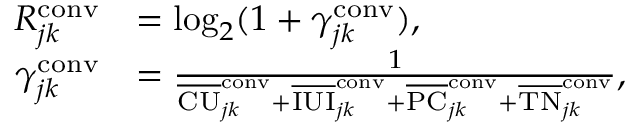
\begin{array} { r l } { R _ { j k } ^ { \mathrm { c o n v } } } & { = \log _ { 2 } ( 1 + \gamma _ { j k } ^ { \mathrm { c o n v } } ) , } \\ { \gamma _ { j k } ^ { \mathrm { c o n v } } } & { = \frac { 1 } { \overline { { \mathrm { C U } } } _ { j k } ^ { \mathrm { c o n v } } + \overline { { \mathrm { I U I } } } _ { j k } ^ { \mathrm { c o n v } } + \overline { { \mathrm { P C } } } _ { j k } ^ { \mathrm { c o n v } } + \overline { { \mathrm { T N } } } _ { j k } ^ { \mathrm { c o n v } } } , } \end{array}